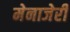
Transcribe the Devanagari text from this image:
मेनाजेरी